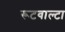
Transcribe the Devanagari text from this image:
रूटवाल्टा